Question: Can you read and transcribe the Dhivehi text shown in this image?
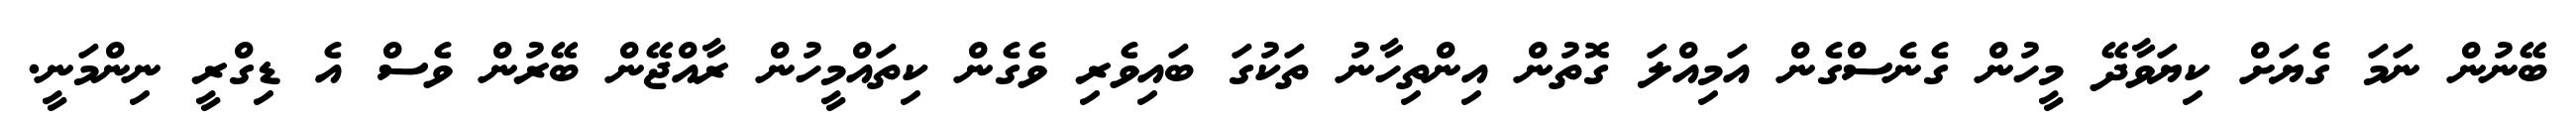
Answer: ބޭނުން ނަމަ ގެޔަށް ކިޔަވާދޭ މީހުން ގެނެސްގެން އަމިއްލަ ގޮތުން އިންތިހާނު ތަކުގަ ބައިވެރި ވެގެން ކިތައްމީހުން ރާއްޖޭން ބޭރުން ވެސް އެ ޑިގްރީ ނިންމަނީ.